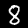
Label: 8